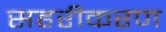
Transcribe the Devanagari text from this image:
सहरीकरण